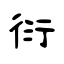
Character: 衍